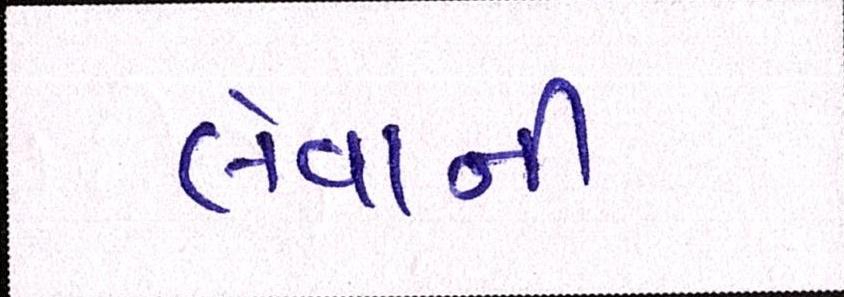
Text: લેવાની